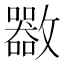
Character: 𣀬